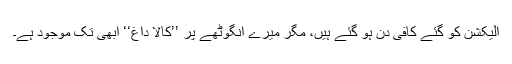
الیکشن کو گئے کافی دن ہو گئے ہیں، مگر میرے انگوٹھے پر ’’کالا داغ‘‘ ابھی تک موجود ہے۔